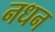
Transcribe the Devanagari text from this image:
नधन